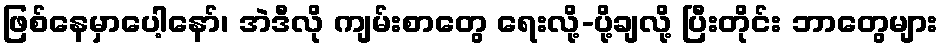
ဖြစ်နေမှာပေါ့နော်၊ အဲဒီလို ကျမ်းစာတွေ ရေးလို့-ပို့ချလို့ ပြီးတိုင်း ဘာတွေများ